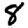
Digit: 8